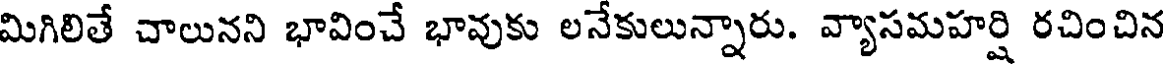
మిగిలితే చాలునని భావించే భావుకు లనేకులున్నారు. వ్యాసమహర్షి రచించిన